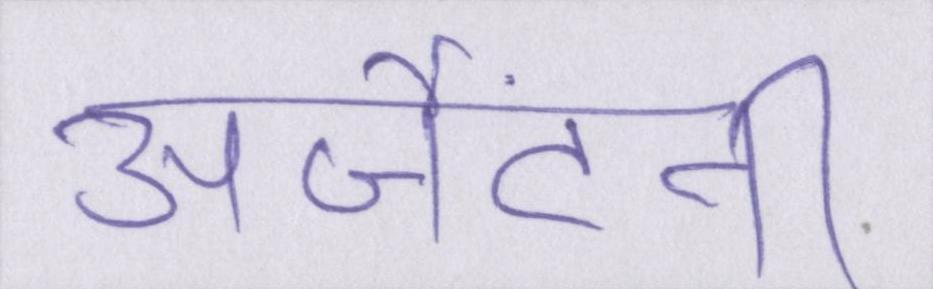
अर्जेंटीनी